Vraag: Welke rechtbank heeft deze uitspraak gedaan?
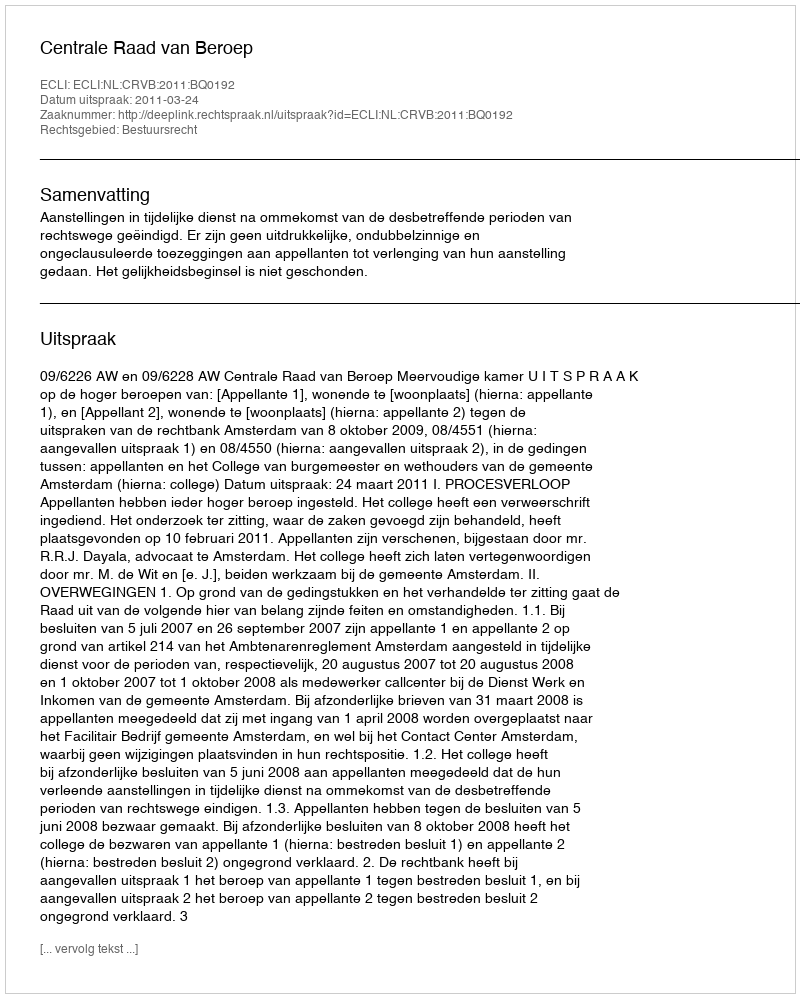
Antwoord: Centrale Raad van Beroep